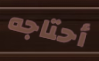
أحتاجه